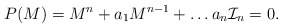
\begin{align*}P(M)= M^n + a_1 M^{n-1} + \dots a_n {\cal I}_n=0.\end{align*}